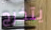
يتخرج